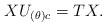
LaTeX: \begin{align*}XU_{(\theta)c}=TX.\end{align*}